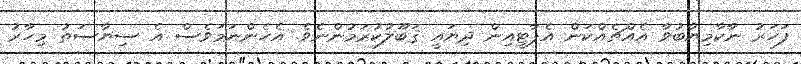
ފަހަރު ނާކާމިޔާބުވާ އެއްޗެއްކަން އެޕާޓީއިން ދިޔައީ ޤަބޫލުކުރަމުންނެވެ. އެހެންނަމަވެސް އެ ސިޔާސަތު މިހާރު